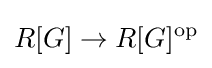
R[G]\to R[G]^{\operatorname {op} }